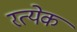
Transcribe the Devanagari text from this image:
रत्येक